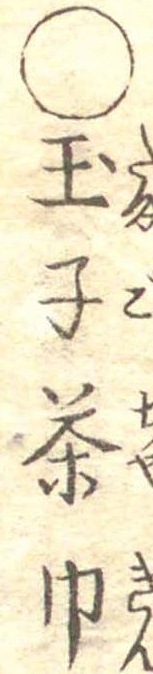
○玉子茶巾